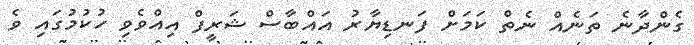
ގެންދާނެ ތަނެއް ނެތް ކަމަށް ފަނޑިޔާރު އައްބާސް ޝަރީފް އިއްވެވި ހުކުމުގައި ވެ